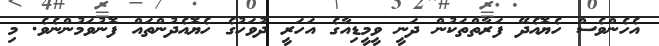
އެހެންވެސް ހެޔޮއެދޭ ފަރާތްތަކުން ދަނީ ވީމީޑިއާގެ އަހަރީ ދުވަހުގެ ހެޔޮއެދުންތައް ފޮނުވަމުންނެވެ. މި